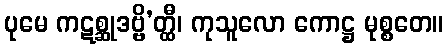
ပုမေ ကဋစ္ဆုဒဗ္ဗိ’တ္ထီ၊ ကုသူလော ကောဋ္ဌ မုစ္စတေ။